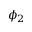
\phi _ { 2 }